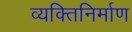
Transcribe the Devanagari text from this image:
व्यक्तिनिर्माण